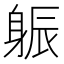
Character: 𨉎